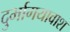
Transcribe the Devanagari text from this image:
दुर्भागयावाश